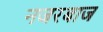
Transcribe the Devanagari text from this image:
नजरबाज